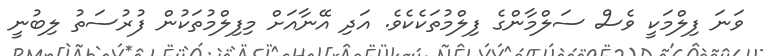
ވަނަ ފިލްމަކީ ވެސް ސަލްމާންގެ ފިލްމުތަކެކެވެ. އަދި އޭނާއަށް މިފިލްމުތަކުން ފުރުސަތު ލިބުނީ